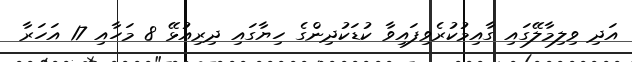
އަދި ވިލިމާލޭގައި ގާއިމުކުރެވިފައިވާ ކުޑަކުދިންގެ ހިޔާގައި ދިރިއުޅޭ 8 މަހާއި 17 އަހަރާ